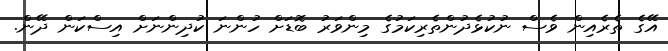
އޭގެ ތެރެއިން ވެސް ނުކުޅެދުންތެރިކަމުގެ މިންވަރު ބޮޑަށް ހުންނަ ކުދިންނަށް އިސްކަން ދޭން.